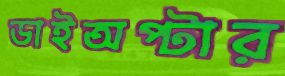
ডাইঅপ্টার